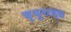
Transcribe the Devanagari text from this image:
फ़्यूनरल्स